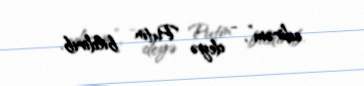
edirəm”, - deyə Putin bildirib.